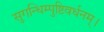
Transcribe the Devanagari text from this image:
सुगन्धिम्पुष्टिवर्धनम्‌।